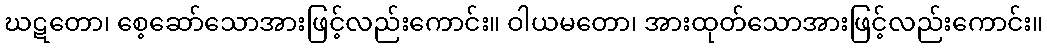
ဃဋတော၊ စေ့ဆော်သောအားဖြင့်လည်းကောင်း။ ဝါယမတော၊ အားထုတ်သောအားဖြင့်လည်းကောင်း။